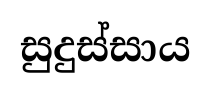
සුදුස්සාය